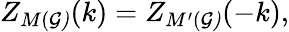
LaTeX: Z_{M({\cal G)}}(k)=Z_{M^{\prime}({\cal G)}}(-k),